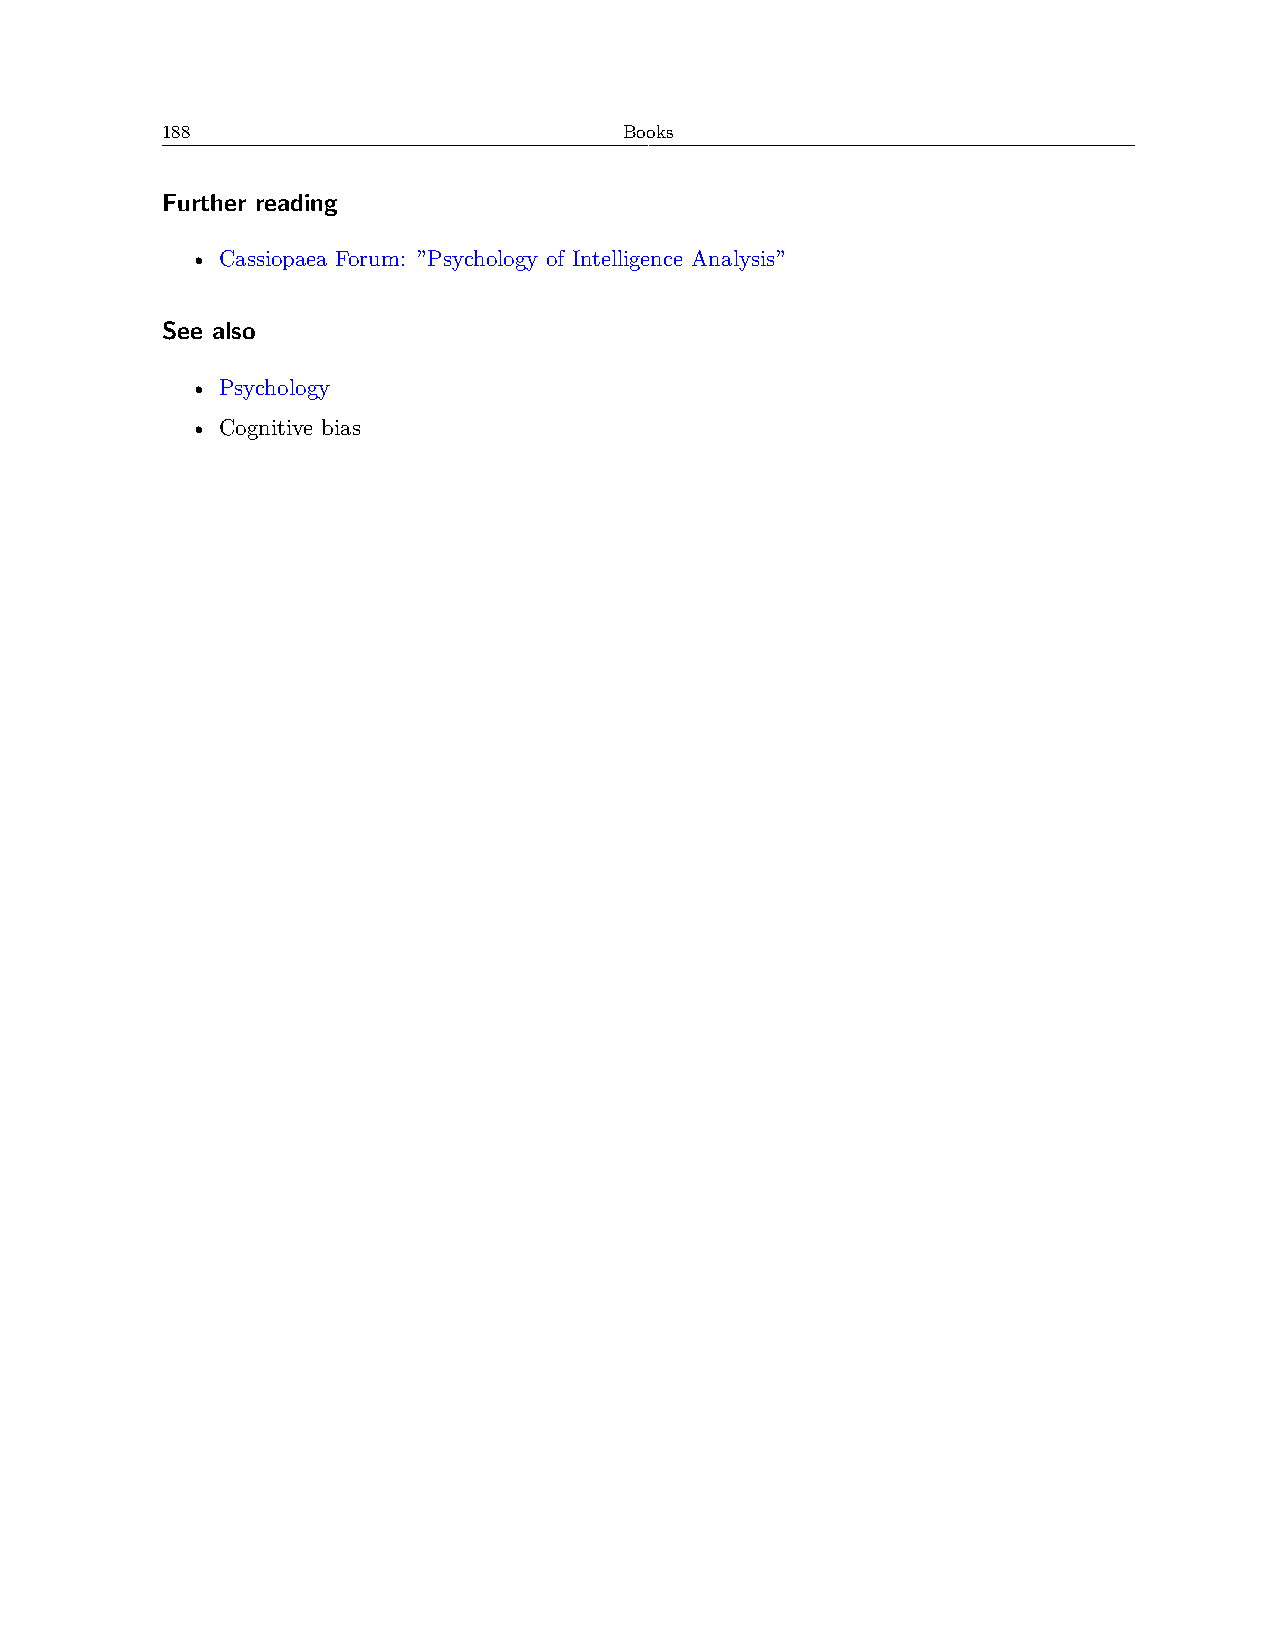
188                           Books
 Further reading
 • Cassiopaea Forum: ”Psychology of Intelligence Analysis”
 See also
 • Psychology
 • Cognitive bias